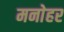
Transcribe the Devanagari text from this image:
मनाेहर